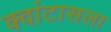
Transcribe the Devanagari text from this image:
क्वांटासला